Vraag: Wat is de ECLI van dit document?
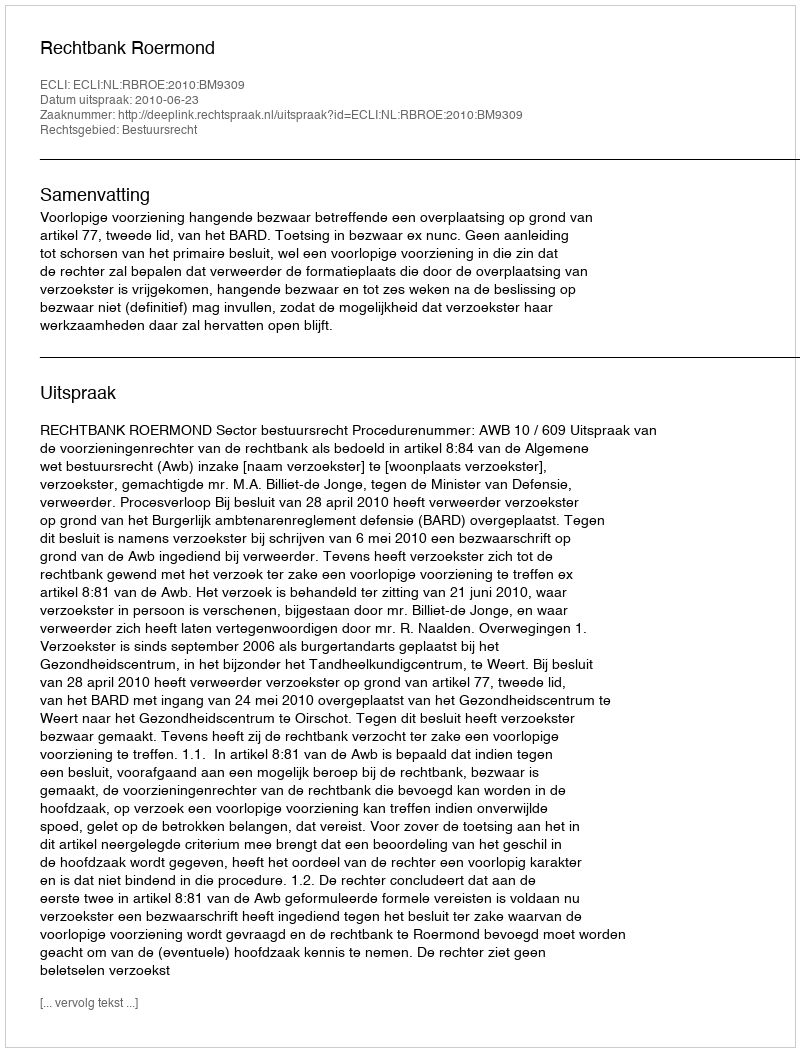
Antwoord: ECLI:NL:RBROE:2010:BM9309